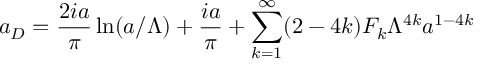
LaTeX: a _ { D } = \frac { 2 i a } { \pi } \ln ( a / \Lambda ) + \frac { i a } { \pi } + \sum _ { k = 1 } ^ { \infty } ( 2 - 4 k ) F _ { k } \Lambda ^ { 4 k } a ^ { 1 - 4 k }